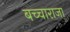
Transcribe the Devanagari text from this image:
बच्‍चाराजा